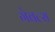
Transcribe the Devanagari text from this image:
गेबल्स